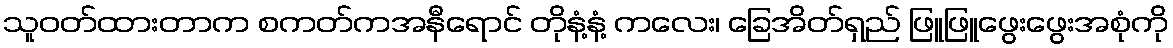
သူဝတ်ထားတာက စကတ်ကအနီရောင် တိုနံ့နံ့ ကလေး၊ ခြေအိတ်ရှည် ဖြူဖြူဖွေးဖွေးအစုံကို